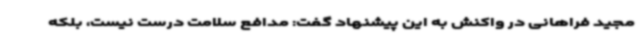
مجید فراهانی در واکنش به این پیشنهاد گفت: مدافع سلامت درست نیست، بلکه